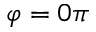
\varphi = 0 \pi